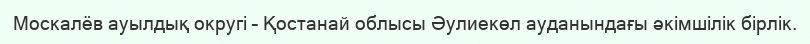
Москалёв ауылдық округі – Қостанай облысы Әулиекөл ауданындағы әкімшілік бірлік.